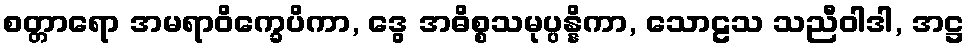
စတ္တာရော အမရာဝိက္ခေပိကာ, ဒွေ အဓိစ္စသမုပ္ပန္နိကာ, သောဠသ သညီဝါဒါ, အဋ္ဌ